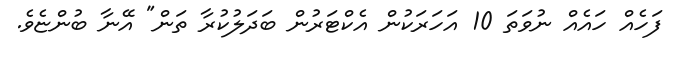
ފަހެއް ހައެއް ނުވަތަ 10 އަހަރަކުން އެކްޓަރުން ބަދަލުކުރާ ތަން" އޭނާ ބުންޏެވެ.